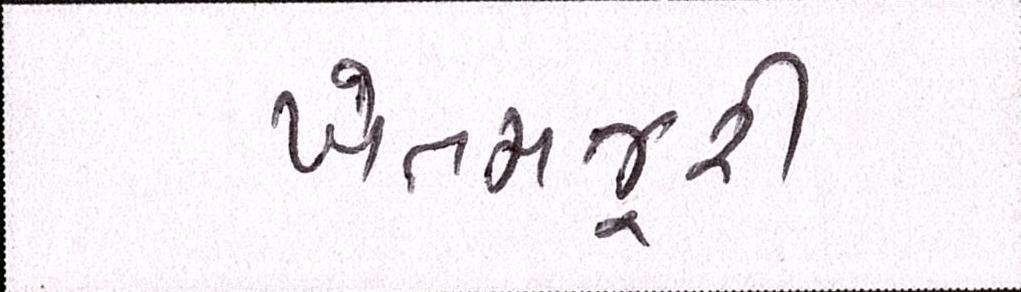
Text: ખેતમજુરી